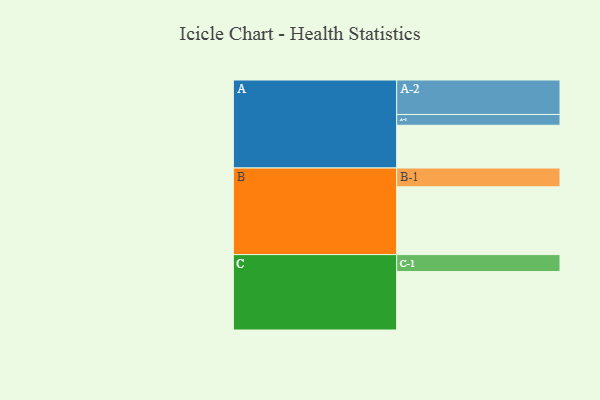
{"axis": {"x": "Segment", "y": "Value"}, "legend": ["", "A", "B", "C"], "data": [{"x": "A", "y": 325, "type": ""}, {"x": "B", "y": 515, "type": ""}, {"x": "C", "y": 444, "type": ""}, {"x": "A-1", "y": 82, "type": "A"}, {"x": "A-2", "y": 262, "type": "A"}, {"x": "B-1", "y": 143, "type": "B"}, {"x": "C-1", "y": 129, "type": "C"}]}